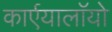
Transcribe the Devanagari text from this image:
कार्एयालाॅयो